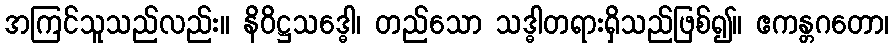
အကြင်သူသည်လည်း။ နိဝိဋ္ဌသဒ္ဓေါ၊ တည်သော သဒ္ဓါတရားရှိသည်ဖြစ်၍။ ဧကန္တဂတော၊